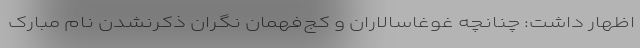
اظهار داشت: چنانچه غوغاسالاران و کج‌فهمان نگران ذکرنشدن نام مبارک